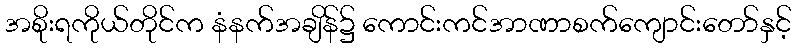
အစိုးရကိုယ်တိုင်က နံနက်အချိန်၌ ကောင်းကင်အာဏာစက်ကျောင်းတော်နှင့်